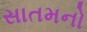
સાતમનો